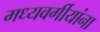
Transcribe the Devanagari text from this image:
मध्यवर्गीयांना